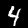
Digit: 4